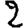
Digit: 2